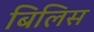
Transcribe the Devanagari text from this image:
बिलिस